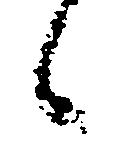
候